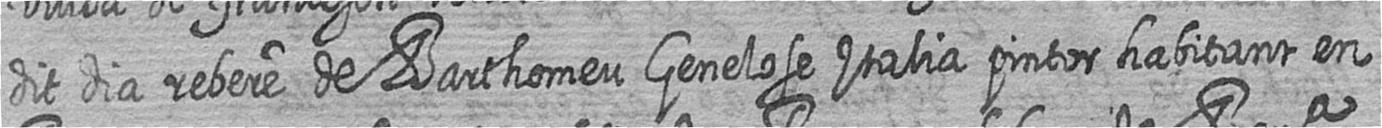
dit dia rebere de Barthomeu Genelose Italia pintor habitant en